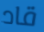
قاد